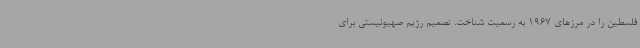
فلسطین را در مرزهای 1967 به رسمیت شناخت. تصمیم رژیم صهیونیستی برای